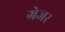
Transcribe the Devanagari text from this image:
ग्रेजर